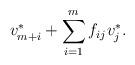
LaTeX: \begin{align*}v_{m+i}^* +\sum _{i=1}^m f_{ij} v_j ^* .\end{align*}